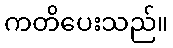
ကတိပေးသည်။